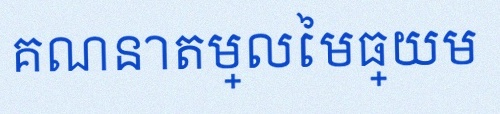
គណនាតម្លៃមធ្យម